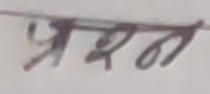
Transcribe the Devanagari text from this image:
प्रश्न